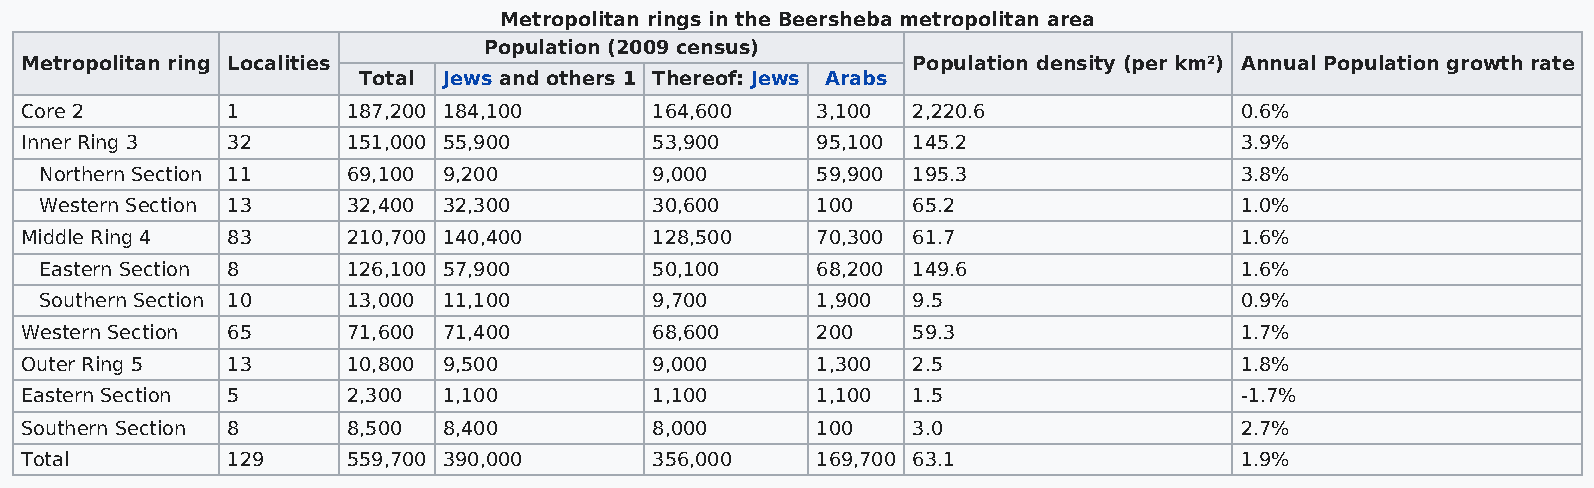
Metropolitan rings in the Beersheba metropolitan area
 Population (2009 census)
 Metropolitan ring Localities                               Population density (per km²) Annual Population growth rate
 Total Jews and others 1 Thereof: Jews Arabs
 Core 2        1       187,200 184,100     164,600    3,100 2,220.6               0.6%
 Inner Ring 3  32      151,000 55,900      53,900     95,100 145.2                3.9%
 Northern Section 11 69,100 9,200        9,000      59,900 195.3                3.8%
 Western Section 13  32,400 32,300       30,600     100   65.2                  1.0%
 Middle Ring 4 83      210,700 140,400     128,500    70,300 61.7                 1.6%
 Eastern Section 8   126,100 57,900      50,100     68,200 149.6                1.6%
 Southern Section 10 13,000 11,100       9,700      1,900 9.5                   0.9%
 Western Section 65    71,600 71,400       68,600     200   59.3                  1.7%
 Outer Ring 5  13      10,800 9,500        9,000      1,300 2.5                   1.8%
 Eastern Section 5     2,300 1,100         1,100      1,100 1.5                   -1.7%
 Southern Section 8    8,500 8,400         8,000      100   3.0                   2.7%
 Total         129     559,700 390,000     356,000    169,700 63.1                1.9%